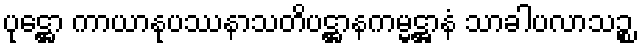
ပုဋ္ဌော ကာယာနုပဿနာသတိပဋ္ဌာနကမ္မဋ္ဌာနံ သာခါပလာသဉ္စ